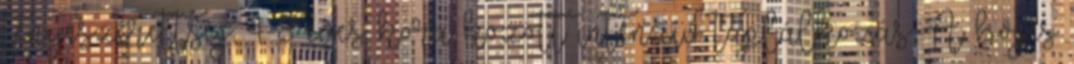
tenyészérettség, 4-8 éves kora között intenzív táplálkozás A bőgés